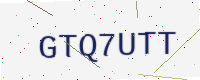
Text: GTQ7UTT